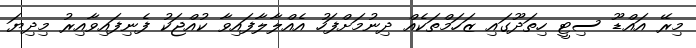
މިރޭ އައްޑޫ ސިޓީ ހިތަދޫގައި ޒަހަމްތަކެއް ދިނުމަށްފަހު އެއްލާލާފައިވާ ކުއްޖަކު ފެނިފައިވާއިރު މިދިޔަ